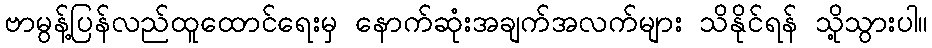
ဗာမွန့်ပြန်လည်ထူထောင်ရေးမှ နောက်ဆုံးအချက်အလက်များ သိနိုင်ရန် သို့သွားပါ။